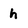
Character: h